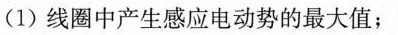
(1)线圈中产生感应电动势的最大值；